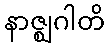
နာဇ္ဈဂါတိ